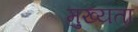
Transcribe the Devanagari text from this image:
मु़ख्यता